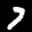
Label: 7